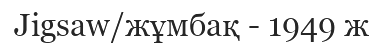
Jigsaw/жұмбақ - 1949 ж